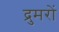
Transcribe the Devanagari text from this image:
द्रुमरों